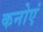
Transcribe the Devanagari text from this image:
कनोएं